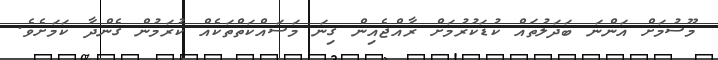
މޫސުމަށް އަންނަ ބަދަލުތައް ކުޑަކުރުމަށް ރާއްޖެއިން ގިނަ މަސައްކަތްތަކެއް ކުރަމުން ގެންދާ ކަމަށެވެ.